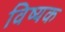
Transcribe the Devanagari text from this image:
विष्यक